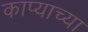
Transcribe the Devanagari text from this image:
काप्याच्या